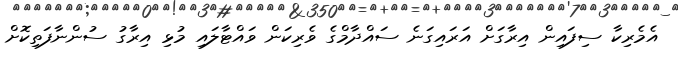
އެމެރިކާ ސިފައިން އިރާގަށް އަރައިގަނެ ސައްދާމްގެ ވެރިކަން ވައްޓާލައި މުޅި އިރާގު ސުންނާފަތިކޮށް